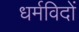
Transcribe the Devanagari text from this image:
धर्मविदों